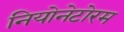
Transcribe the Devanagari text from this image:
नियोनेटोरम